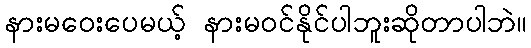
နားမဝေးပေမယ့် နားမဝင်နိုင်ပါဘူးဆိုတာပါဘဲ။